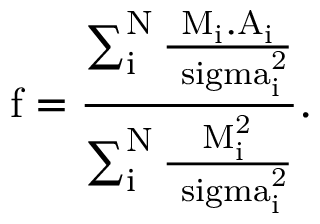
\mathrm { f = \frac { \sum _ { i } ^ { N } \frac { M _ { i } . A _ { i } } { \ s i g m a _ { i } ^ { 2 } } } { \sum _ { i } ^ { N } { \frac { M _ { i } ^ { 2 } } { \ s i g m a _ { i } ^ { 2 } } } } } .